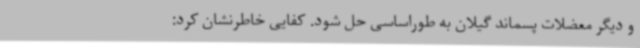
و دیگر معضلات پسماند گیلان به طوراساسی حل شود. کفایی خاطرنشان کرد: